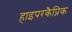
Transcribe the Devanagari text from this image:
हाइपरकैप्निक